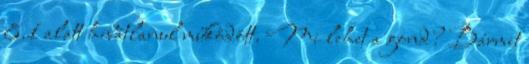
8.1 alatt hibátlanul működött. Mi lehet a gond? Bármit